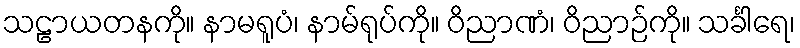
သဠာယတနကို။ နာမရူပံ၊ နာမ်ရုပ်ကို။ ဝိညာဏံ၊ ဝိညာဉ်ကို။ သင်္ခါရေ၊